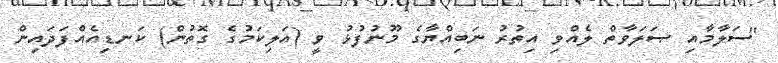
''ސަލާމާއި ޞަލަވާތް ލެއްވި އިތުރު ނަބިއްޔާގެ މޫނުފުޅު ވީ (އަލިކަމުގެ ގޮތުން) ކަނޑިއެއްފަދައިން